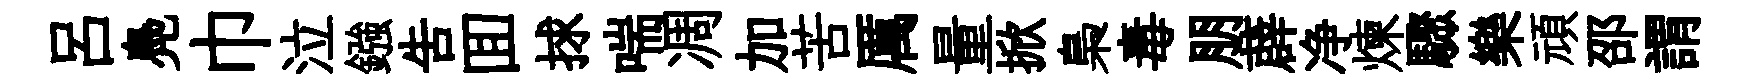
呂鳧巾泣鏹告囬捄喘凋加苦厲量掀梟毒朋薜净煉驟樂頑邵謂